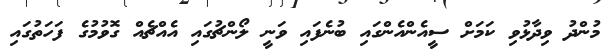
މުންދު ވިދާޅުވި ކަމަށް ސީއެންއެންގައި ބުނެފައި ވަނީ ލޯންޗުގައި އެއްޗެއް ގޮވުމުގެ ފަހަތުގައި